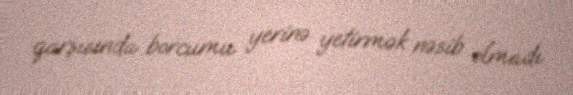
qarşısında borcumu yerinə yetirmək nəsib olmadı.